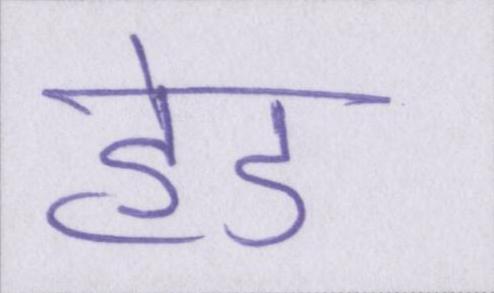
हेड